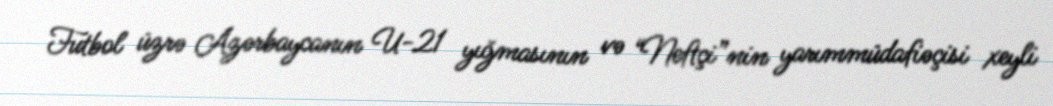
Futbol üzrə Azərbaycanın U-21 yığmasının və “Neftçi”nin yarımmüdafiəçisi xeyli